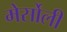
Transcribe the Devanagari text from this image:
मेर्सोली